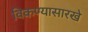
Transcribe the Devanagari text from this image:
विकण्यासारखे